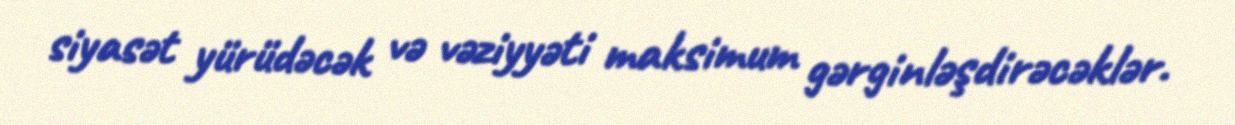
siyasət yürüdəcək və vəziyyəti maksimum gərginləşdirəcəklər.